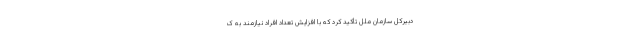
دبیرکل سازمان ملل تأکید کرد که با افزایش تعداد افراد نیازمند به ک